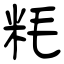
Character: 粍